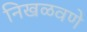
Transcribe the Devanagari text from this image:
निखळवणे